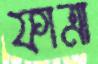
ফাত্রা